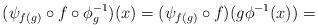
LaTeX: \begin{align*}(\psi_{f(g)}\circ f\circ \phi^{-1}_g)(x)=(\psi_{f(g)}\circ f)(g\phi^{-1}(x))=\end{align*}